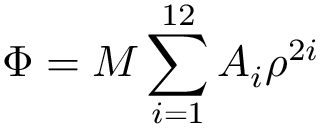
\Phi = M \sum _ { i = 1 } ^ { 1 2 } A _ { i } \rho ^ { 2 i }